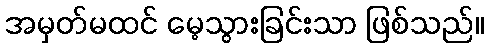
အမှတ်မထင် မေ့သွားခြင်းသာ ဖြစ်သည်။